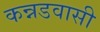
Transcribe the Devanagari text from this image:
कन्नडवासी